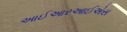
આઈઆરઆઈએસ